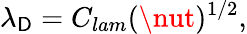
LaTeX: \lambda_{\mathsf{D}}=C_{lam}(\nut)^{1/2},